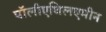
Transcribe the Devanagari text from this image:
पॉलीएथिलएमीन